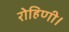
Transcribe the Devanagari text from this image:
रोहिणी।